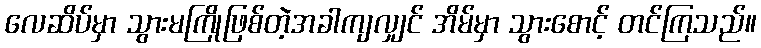
လေဆိပ်မှာ သွားမကြိုဖြစ်တဲ့အခါကျလျှင် အိမ်မှာ သွားစောင့် တင်ကြသည်။